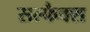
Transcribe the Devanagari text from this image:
सल्फैक्स